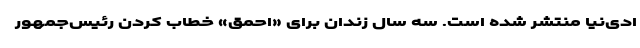
ادی‌نیا منتشر شده است. سه سال زندان برای «احمق» خطاب کردن رئیس‌جمهور